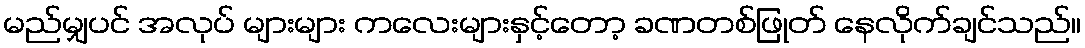
မည်မျှပင် အလုပ် များများ ကလေးများနှင့်တော့ ခဏတစ်ဖြုတ် နေလိုက်ချင်သည်။